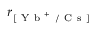
r _ { [ \mathrm { ~ Y ~ b ~ } ^ { + } \mathrm { ~ / ~ C ~ s ~ } ] }